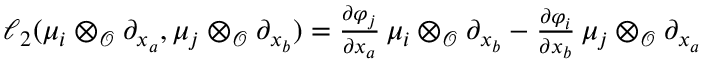
\begin{array} { r } { \ell _ { 2 } ( \mu _ { i } \otimes _ { \mathcal O } \partial _ { x _ { a } } , \mu _ { j } \otimes _ { \mathcal O } \partial _ { x _ { b } } ) = \frac { \partial \varphi _ { j } } { \partial x _ { a } } \, \mu _ { i } \otimes _ { \mathcal O } \partial _ { x _ { b } } - \frac { \partial \varphi _ { i } } { \partial x _ { b } } \, \mu _ { j } \otimes _ { \mathcal O } \partial _ { x _ { a } } } \end{array}